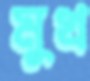
মুখ